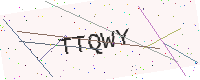
Text: TTQWY